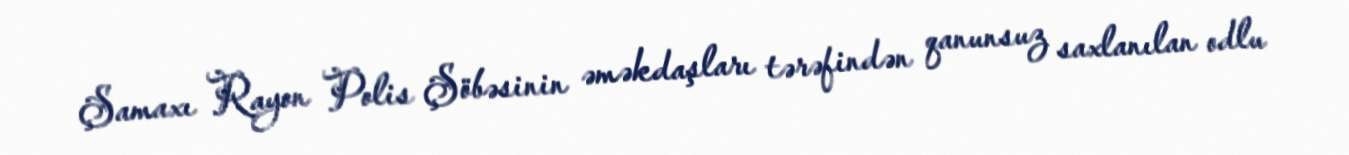
Şamaxı Rayon Polis Şöbəsinin əməkdaşları tərəfindən qanunsuz saxlanılan odlu